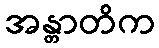
အန္တာတိက